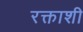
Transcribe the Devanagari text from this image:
रक्ताशी